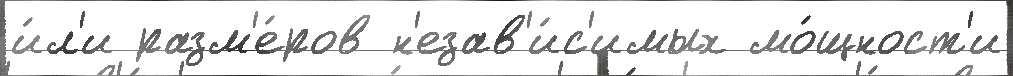
и́л'и разм'е́ров н'езав'и́с'имых мо́щност'и